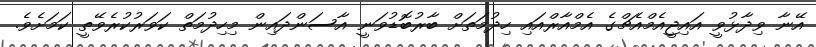
އޭނާ ވިދާޅުވީ އައިޖީއެމްއެޗްގެ އެމްއާރްއައި ހިދުމަތަށް ބާރުބޮޑުވަނީ އާސަންދައިން މިހިދުމަތް ކަވަރުކުރެވޭތީ ކަމަށެވެ.